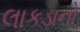
લાકડાનો